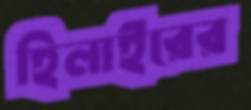
হিলাইরের